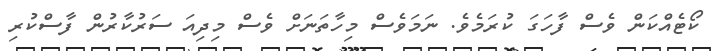
ކޯޓެއްކަން ވެސް ފާހަގަ ކުރަމެވެ. ނަމަވެސް މިހާތަނަށް ވެސް މިދިއަ ސަރުކާރުން ފާސްކުރި